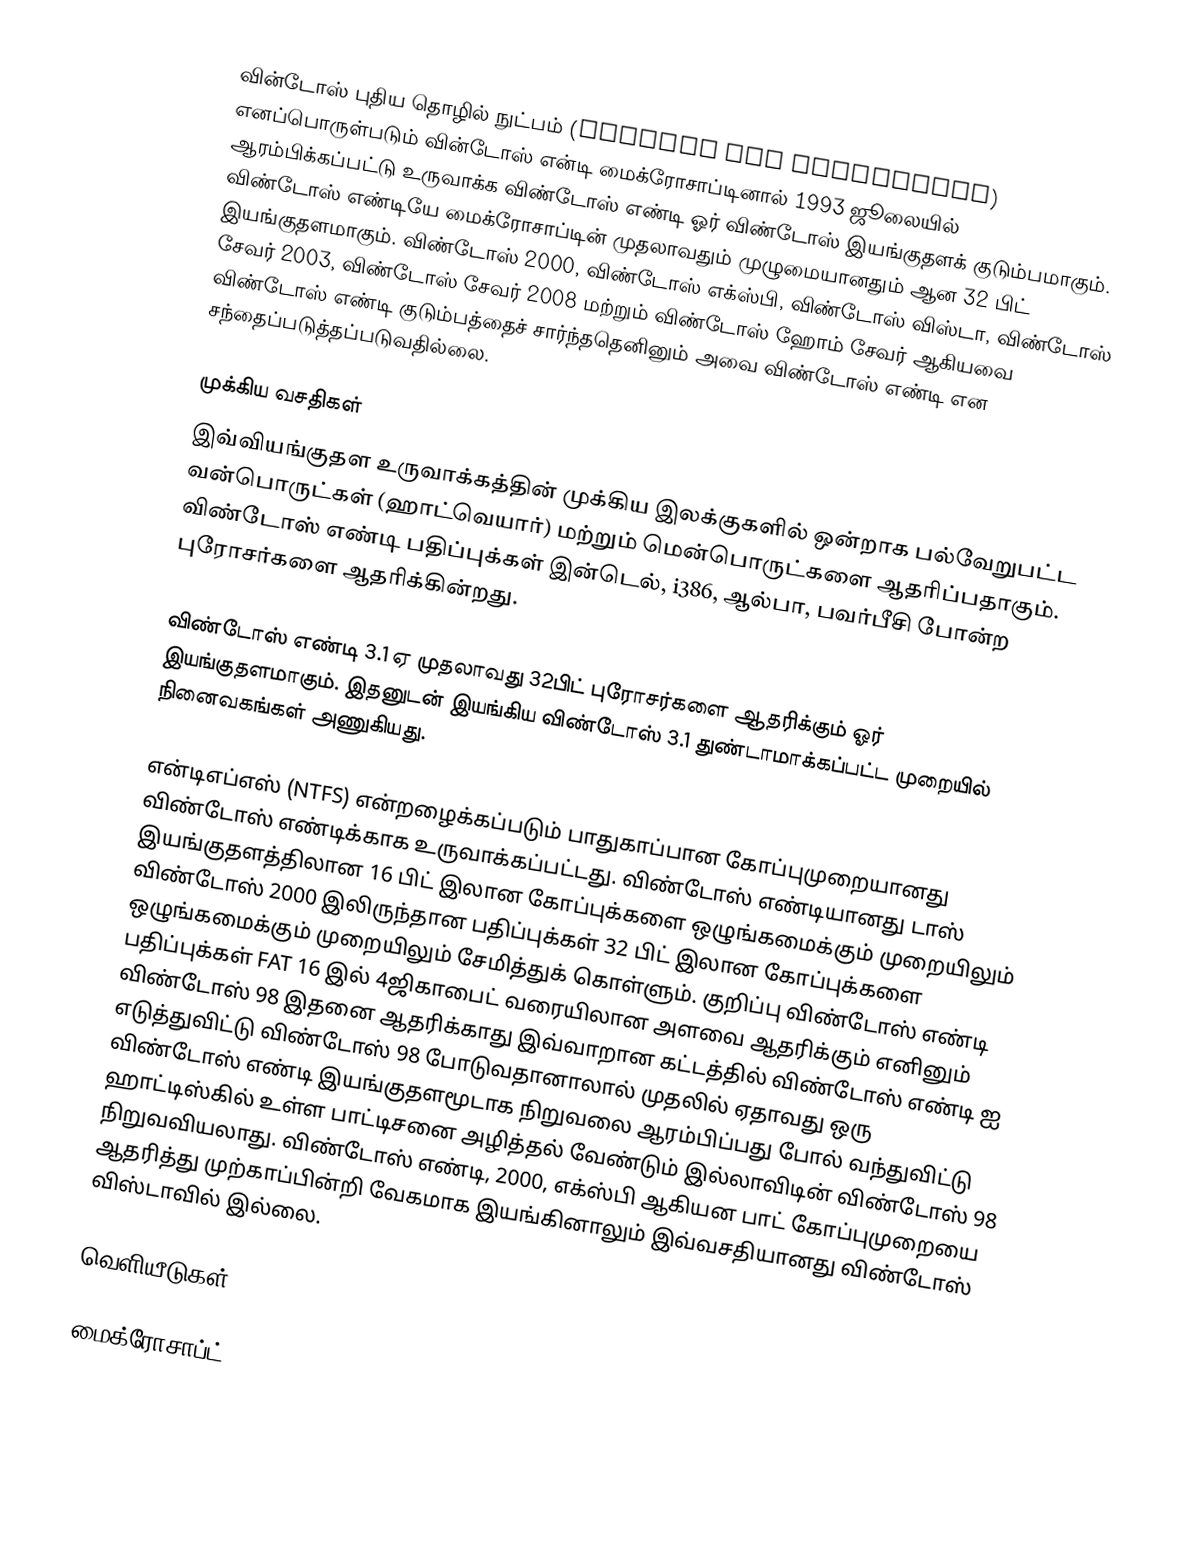
வின்டோஸ் புதிய தொழில் நுட்பம் (Windows New Technology) எனப்பொருள்படும் வின்டோஸ் என்டி மைக்ரோசாப்டினால் 1993 ஜூலையில் ஆரம்பிக்கப்பட்டு உருவாக்க விண்டோஸ் எண்டி ஓர் விண்டோஸ் இயங்குதளக் குடும்பமாகும். விண்டோஸ் எண்டியே மைக்ரோசாப்டின் முதலாவதும் முழுமையானதும் ஆன 32 பிட் இயங்குதளமாகும். விண்டோஸ் 2000, விண்டோஸ் எக்ஸ்பி, விண்டோஸ் விஸ்டா, விண்டோஸ் சேவர் 2003, விண்டோஸ் சேவர் 2008 மற்றும் விண்டோஸ் ஹோம் சேவர் ஆகியவை விண்டோஸ் எண்டி குடும்பத்தைச் சார்ந்ததெனினும் அவை விண்டோஸ் எண்டி என சந்தைப்படுத்தப்படுவதில்லை.

முக்கிய வசதிகள்
இவ்வியங்குதள உருவாக்கத்தின் முக்கிய இலக்குகளில் ஒன்றாக பல்வேறுபட்ட வன்பொருட்கள் (ஹாட்வெயார்) மற்றும் மென்பொருட்களை ஆதரிப்பதாகும். விண்டோஸ் எண்டி பதிப்புக்கள் இன்டெல், i386, ஆல்பா, பவர்பீசி போன்ற புரோசர்களை ஆதரிக்கின்றது.

விண்டோஸ் எண்டி 3.1 ஏ முதலாவது 32பிட் புரோசர்களை ஆதரிக்கும் ஓர் இயங்குதளமாகும். இதனுடன் இயங்கிய விண்டோஸ் 3.1 துண்டாமாக்கப்பட்ட முறையில் நினைவகங்கள் அணுகியது.

என்டிஎப்எஸ் (NTFS) என்றழைக்கப்படும் பாதுகாப்பான கோப்புமுறையானது விண்டோஸ் எண்டிக்காக உருவாக்கப்பட்டது. விண்டோஸ் எண்டியானது டாஸ் இயங்குதளத்திலான 16 பிட் இலான கோப்புக்களை ஒழுங்கமைக்கும் முறையிலும் விண்டோஸ் 2000 இலிருந்தான பதிப்புக்கள் 32 பிட் இலான கோப்புக்களை ஒழுங்கமைக்கும் முறையிலும் சேமித்துக் கொள்ளும். குறிப்பு விண்டோஸ் எண்டி பதிப்புக்கள் FAT 16 இல் 4ஜிகாபைட் வரையிலான அளவை ஆதரிக்கும் எனினும் விண்டோஸ் 98 இதனை ஆதரிக்காது இவ்வாறான கட்டத்தில் விண்டோஸ் எண்டி ஐ எடுத்துவிட்டு விண்டோஸ் 98 போடுவதானாலால் முதலில் ஏதாவது ஒரு விண்டோஸ் எண்டி இயங்குதளமூடாக நிறுவலை ஆரம்பிப்பது போல் வந்துவிட்டு ஹாட்டிஸ்கில் உள்ள பாட்டிசனை அழித்தல் வேண்டும் இல்லாவிடின் விண்டோஸ் 98 நிறுவவியலாது. விண்டோஸ் எண்டி, 2000, எக்ஸ்பி ஆகியன பாட் கோப்புமுறையை ஆதரித்து முற்காப்பின்றி வேகமாக இயங்கினாலும் இவ்வசதியானது விண்டோஸ் விஸ்டாவில் இல்லை.

வெளியீடுகள்

மைக்ரோசாப்ட்